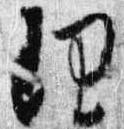
理